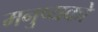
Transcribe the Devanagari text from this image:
मनुष्यको